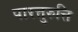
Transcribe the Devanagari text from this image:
पारत्तुरुत्ति